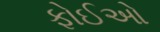
ફોઈઓ